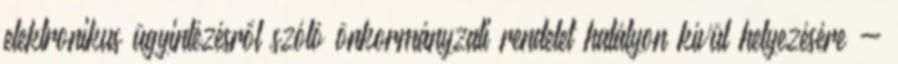
elektronikus ügyintézésről szóló önkormányzati rendelet hatályon kívül helyezésére -